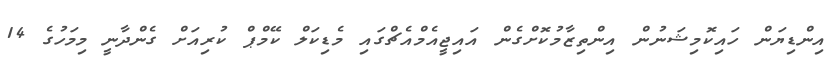
އިންޑިޔަން ހައިކޮމިޝަނުން އިންތިޒާމުކޮށްގެން އައިޖީއެމްއެޗްގައި މެޑިކަލް ކޭމްޕް ކުރިއަށް ގެންދާނީ މިމަހުގެ 14